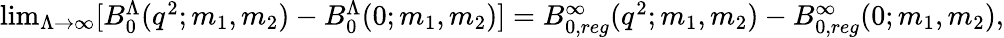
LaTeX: \begin{array}{r}{\operatorname*{lim}_{\Lambda\rightarrow\infty}[B_{0}^{\Lambda}(q^{2};m_{1},m_{2})-B_{0}^{\Lambda}(0;m_{1},m_{2})]=B_{0,reg}^{\infty}(q^{2};m_{1},m_{2})-B_{0,reg}^{\infty}(0;m_{1},m_{2}),}\end{array}